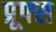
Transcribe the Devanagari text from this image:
प्रूफ्स